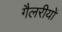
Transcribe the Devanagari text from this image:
गैलरीयों